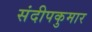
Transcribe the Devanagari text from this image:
संदीपकुमार